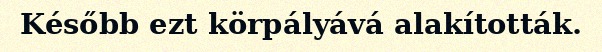
Később ezt körpályává alakították.